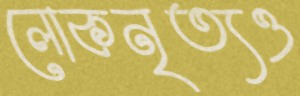
লোকনৃত্যও